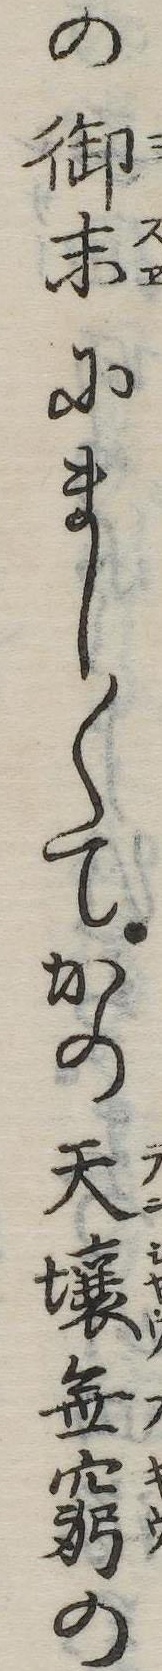
の御末にまし〱てかの天壌無窮の